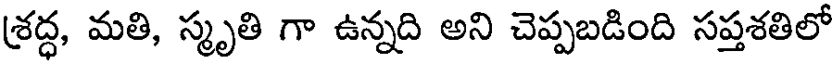
శ్రద్ధ, మతి, స్మృతి గా ఉన్నది అని చెప్పబడింది సప్తశతిలో